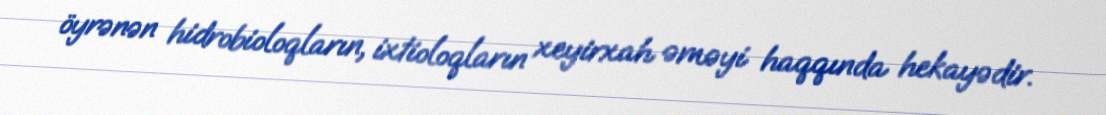
öyrənən hidrobioloqların, ixtioloqların xeyirxah əməyi haqqında hekayədir.